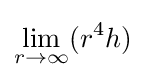
\lim _{r\rightarrow \infty }(r^{4}h)